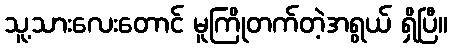
သူ့သားလေးတောင် မူကြိုတက်တဲ့အရွယ် ရှိပြီ။